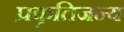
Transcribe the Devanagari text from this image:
प्रकृतिजन्य